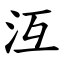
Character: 沍